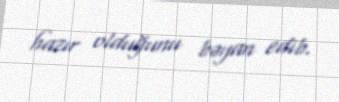
hazır olduğunu bəyan edib.